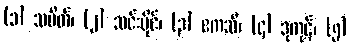
(၁) သပိတ်၊ (၂) သင်းပိုင်၊ (၃) ဧကသီ၊ (၄) ဒုကုဋ်၊ (၅)